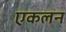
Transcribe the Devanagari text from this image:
एकलन